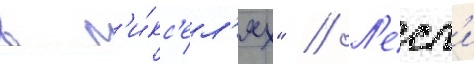
в п'и́кс'ел'ях" // Л'есл'и